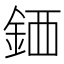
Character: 𫒖